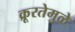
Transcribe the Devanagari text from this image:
क्रूरतेमुळे